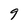
Character: 9